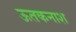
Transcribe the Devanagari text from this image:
ऊतकनाश